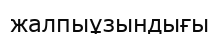
жалпыұзындығы